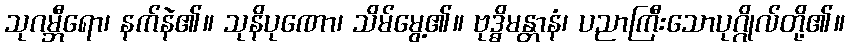
သုဂမ္ဘီရော၊ နက်နဲ၏။ သုနိပုဏော၊ သိမ်မွေ့၏။ ဗုဒ္ဓိမန္တာနံ၊ ပညာကြီးသောပုဂ္ဂိုလ်တို့၏။